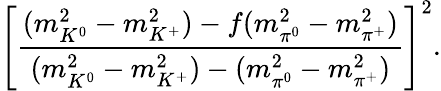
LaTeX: {\left[\frac{(m_{K^{0}}^{2}-m_{K^{+}}^{2})-f(m_{\pi^{0}}^{2}-m_{\pi^{+}}^{2})}{(m_{K^{0}}^{2}-m_{K^{+}}^{2})-(m_{\pi^{0}}^{2}-m_{\pi^{+}}^{2})}\right]}^{2}.